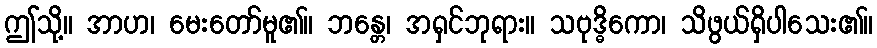
ဤသို့။ အာဟ၊ မေးတော်မူ၏။ ဘန္တေ၊ အရှင်ဘုရား။ သဗုဒ္ဓိကော၊ သိဖွယ်ရှိပါသေး၏။